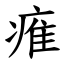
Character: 痽